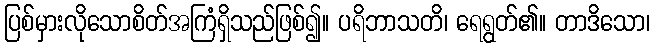
ပြစ်မှားလိုသောစိတ်အကြံရှိသည်ဖြစ်၍။ ပရိဘာသတိ၊ ရေရွတ်၏။ တာဒိသော၊